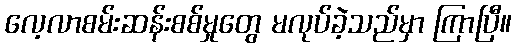
လေ့လာစမ်းဆန်းစစ်မှုတွေ မလုပ်ခဲ့သည်မှာ ကြာပြီ။